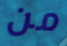
من